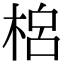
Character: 𣓡